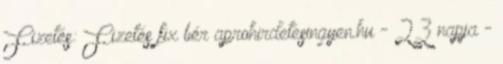
Fizetés: Fizetés fix bér aprohirdetesingyen.hu - 23 napja -